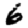
Digit: 6